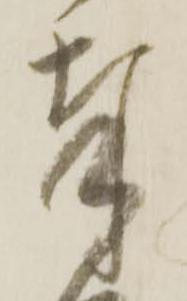
奉